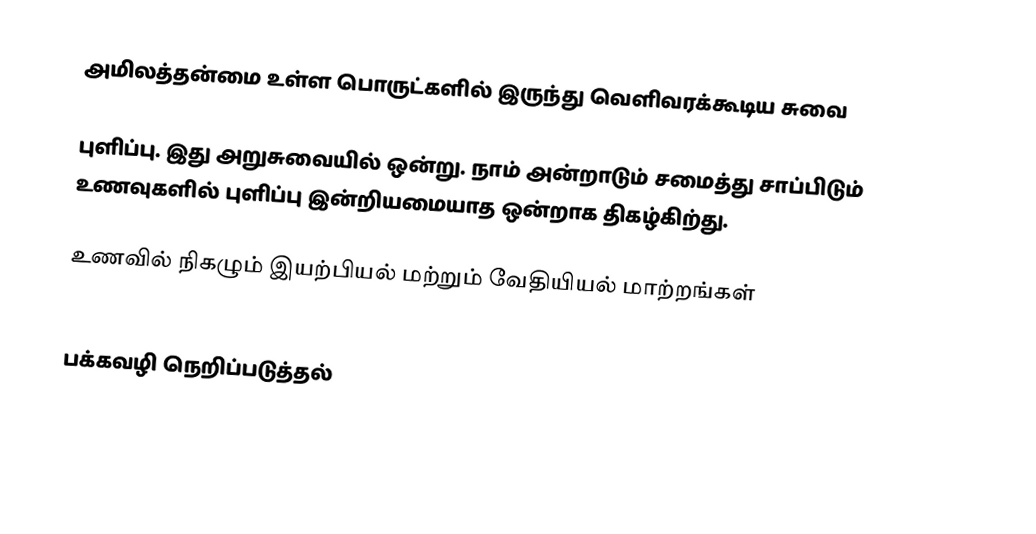
அமிலத்தன்மை உள்ள பொருட்களில் இருந்து வெளிவரக்கூடிய சுவை

புளிப்பு. இது அறுசுவையில் ஒன்று. நாம் அன்றாடும் சமைத்து சாப்பிடும் உணவுகளில் புளிப்பு இன்றியமையாத ஒன்றாக திகழ்கிற்து.

உணவில் நிகழும் இயற்பியல் மற்றும்  வேதியியல் மாற்றங்கள்
 

பக்கவழி நெறிப்படுத்தல்